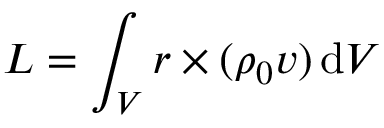
\boldsymbol { L } = \int _ { V } \boldsymbol { r } \times ( \rho _ { 0 } \boldsymbol { v } ) \, \mathrm { d } V